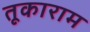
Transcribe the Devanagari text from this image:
तूकाराम